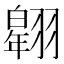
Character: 𦒌